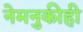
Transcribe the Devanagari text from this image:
नेमनुकीही